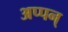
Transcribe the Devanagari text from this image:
अप्पन्